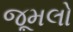
જૂમલો